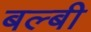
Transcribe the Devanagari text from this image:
बल्बी